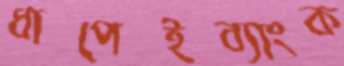
ধাপেইব্যাংক